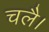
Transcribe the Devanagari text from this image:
चलै।